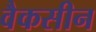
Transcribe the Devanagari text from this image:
वैकसीन